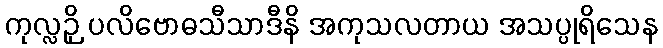
ကုလ္လဉှိ ပလိဗောဓသီသာဒီနိ အကုသလတာယ အသပ္ပုရိသေန